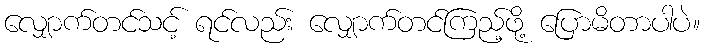
လျှောက်တင်သင့် ရင်လည်း လျှောက်တင်ကြည့်ဖို့ ပြောမိတာပါပဲ။